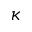
\kappa